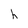
Character: h